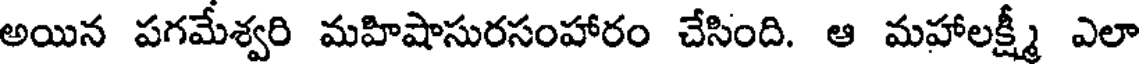
అయిన పగమేశ్వరి మహిషాసురసంహారం చేసింది. ఆ మహాలక్ష్మీ ఎలా